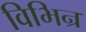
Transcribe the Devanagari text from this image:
विभिन्र